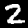
Digit: 2